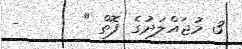
3 މުޖައްލަދުގެ ފޮތް "      -